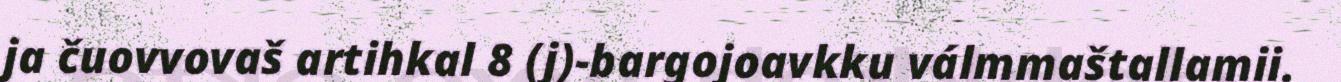
ja čuovvovaš artihkal 8 (j)-bargojoavkku válmmaštallamii.